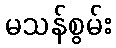
မသန်စွမ်း